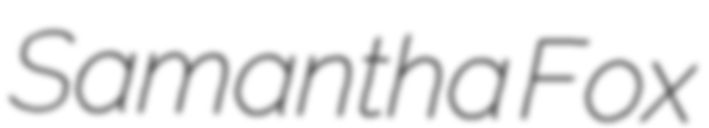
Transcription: Samantha Fox